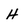
Character: H